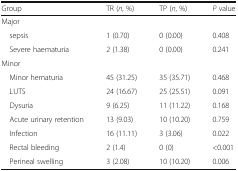
<table><thead><tr><td><b>Group</b></td><td><b>TR (<i>n</i>, %)</b></td><td><b>TP (<i>n</i>, %)</b></td><td><b><i>P</i> value</b></td></tr></thead><tbody><tr><td colspan="4">Major</td></tr><tr><td> sepsis</td><td>1 (0.70)</td><td>0 (0.00)</td><td>0.408</td></tr><tr><td> Severe haematuria</td><td>2 (1.38)</td><td>0 (0.00)</td><td>0.241</td></tr><tr><td colspan="4">Minor</td></tr><tr><td> Minor hematuria</td><td>45 (31.25)</td><td>35 (35.71)</td><td>0.468</td></tr><tr><td> LUTS</td><td>24 (16.67)</td><td>25 (25.51)</td><td>0.091</td></tr><tr><td> Dysuria</td><td>9 (6.25)</td><td>11 (11.22)</td><td>0.168</td></tr><tr><td> Acute urinary retention</td><td>13 (9.03)</td><td>10 (10.20)</td><td>0.759</td></tr><tr><td> Infection</td><td>16 (11.11)</td><td>3 (3.06)</td><td>0.022</td></tr><tr><td> Rectal bleeding</td><td>2 (1.4)</td><td>0 (0)</td><td>&lt;0.001</td></tr><tr><td> Perineal swelling</td><td>3 (2.08)</td><td>10 (10.20)</td><td>0.006</td></tr></tbody></table>